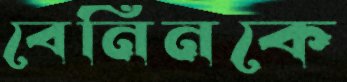
বেনিনকে